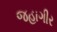
જહાગીર